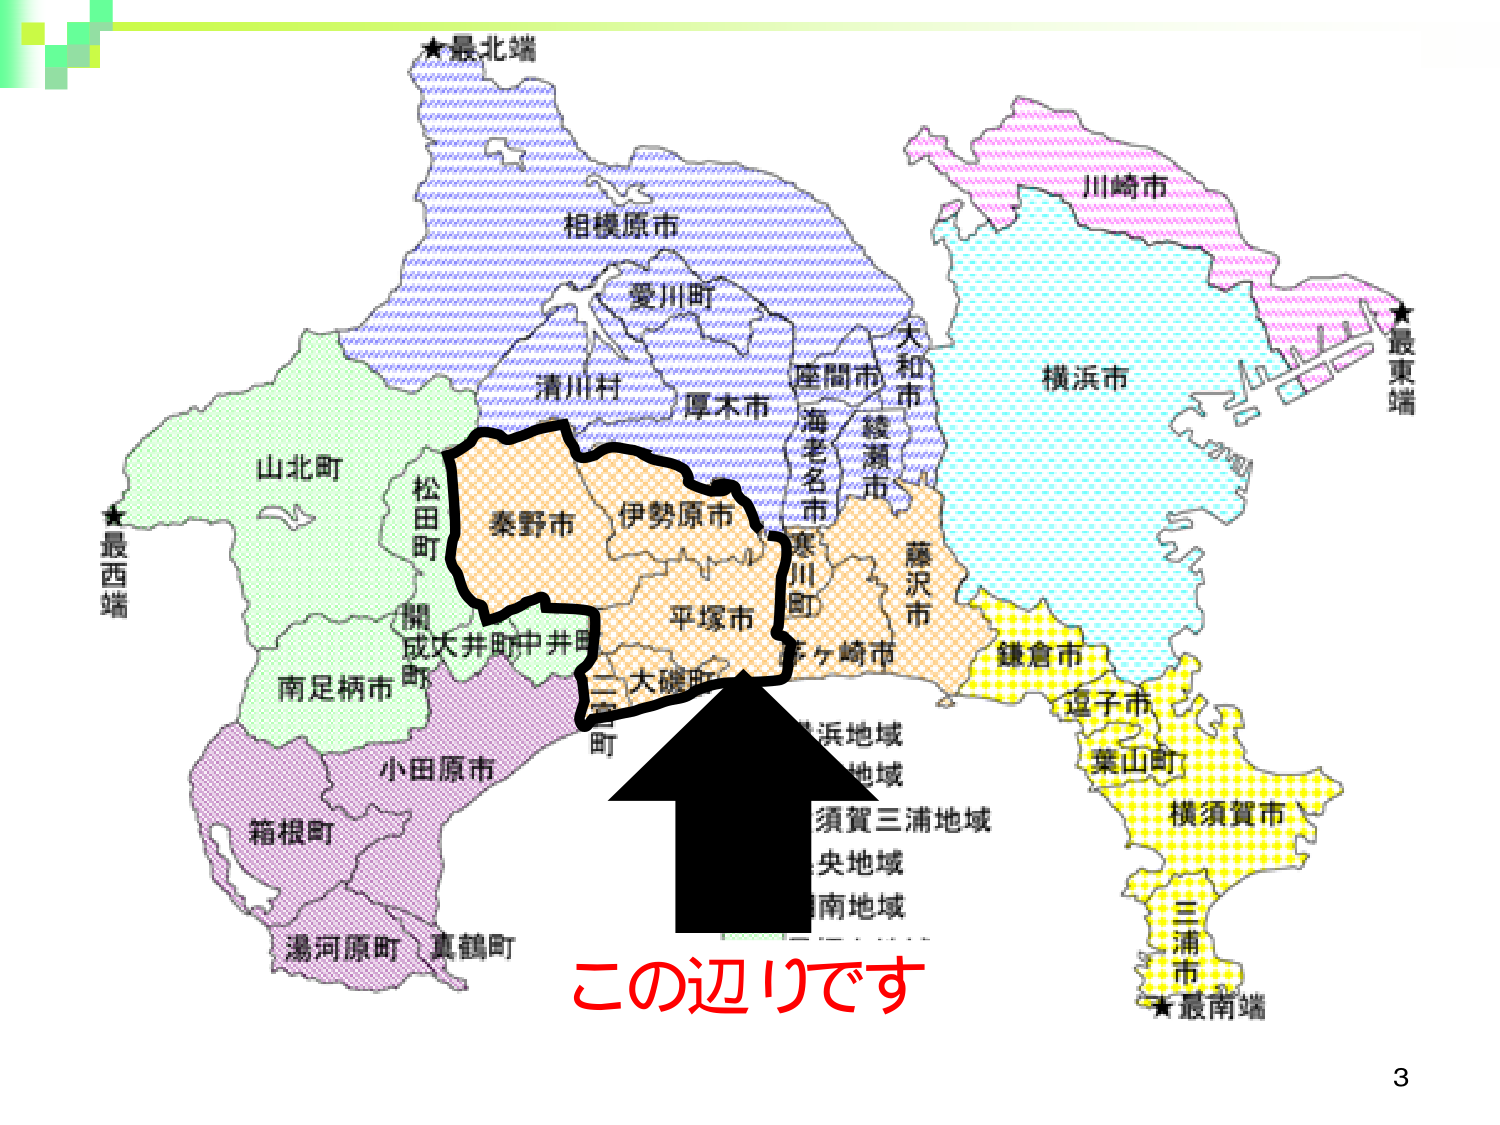
★最北端
相模原市
愛川町
清川村
厚木市
座間市
海老名市
綾瀬市
大和市
川崎市
横浜市
★最東端
山北町
松田町
秦野市
伊勢原市
平塚市
寒川町
藤沢市
鎌倉市
逗子市
葉山町
横須賀市
三浦市
★最南端
★最西端
開成町
大井町
中井町
南足柄市
小田原市
箱根町
湯河原町
真鶴町
湘南地域
湘南地域
須賀三浦地域
中央地域
湘南地域
この辺りです
3